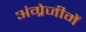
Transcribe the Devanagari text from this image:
अंग्रेजीमें